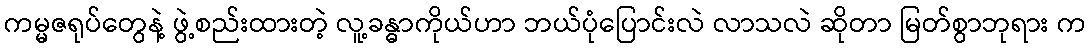
ကမ္မဇရုပ်တွေနဲ့ ဖွဲ့စည်းထားတဲ့ လူ့ခန္ဓာကိုယ်ဟာ ဘယ်ပုံပြောင်းလဲ လာသလဲ ဆိုတာ မြတ်စွာဘုရား က